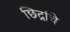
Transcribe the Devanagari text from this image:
छिद्रांचे